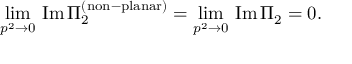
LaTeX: \operatorname * { l i m } _ { p ^ { 2 } \rightarrow 0 } \, \mathrm { I m } \, \Pi _ { 2 } ^ { \mathrm { ( n o n \mathrm { - } p l a n a r ) } } = \operatorname * { l i m } _ { p ^ { 2 } \rightarrow 0 } \, \mathrm { I m } \, \Pi _ { 2 } = 0 .